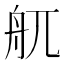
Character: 䑢